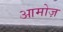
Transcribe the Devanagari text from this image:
आमोज़